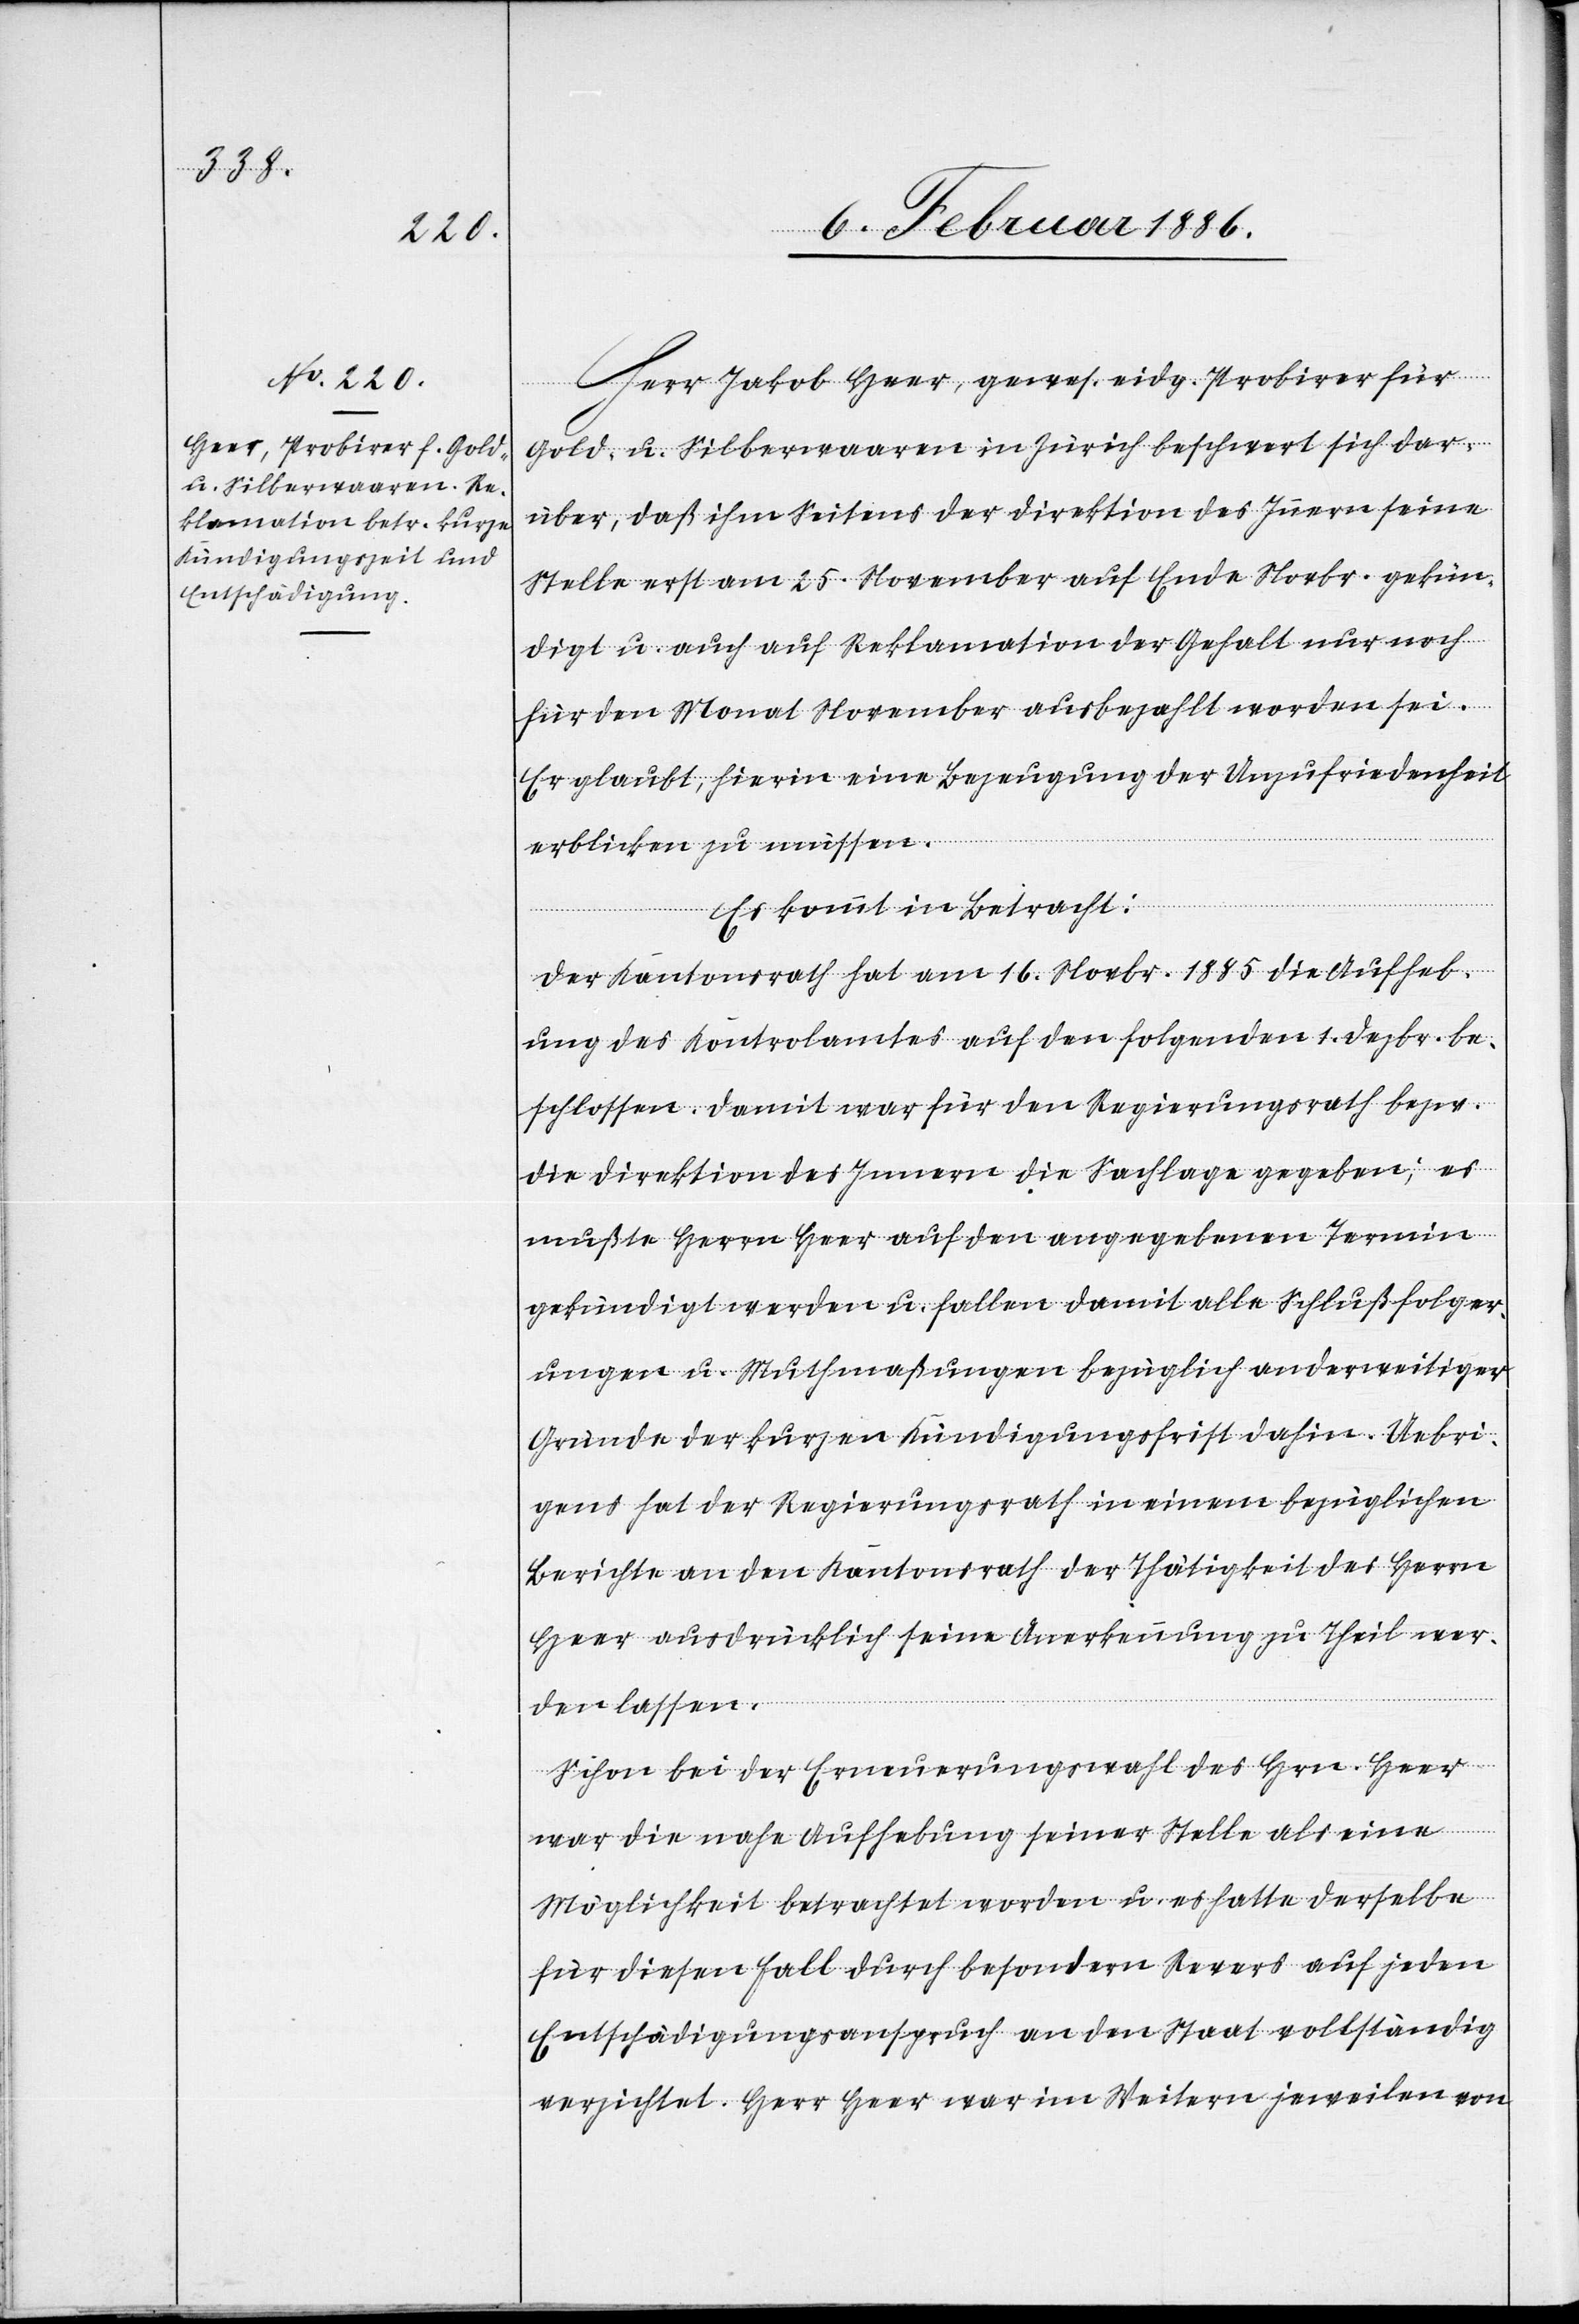
Herr Jakob Heer, gewes. eidg. Probirer für
Gold- u. Silberwaaren in Zürich beschwert sich dar¬
über, daß ihm Seitens der Direktion des Innern seine
Stelle erst am 25. November auf Ende Novbr. gekün¬
digt u. auch auf Reklamation der Gehalt nur noch
für den Monat November ausbezahlt worden sei.
Er glaubt, hierin eine Bezeugung der Unzufriedenheit
erblicken zu müssen.
Es kommt in Betracht:
Der Kantonsrath hat am 16. Novbr. 1885 die Aufheb¬
ung des Kontrolamtes auf den folgenden 1. Dezbr. be¬
schlossen. Damit war für den Regierungsrath bezw.
die Direktion des Innern die Sachlage gegeben, es
mußte Herrn Heer auf den angegebenen Termin
gekündigt werden u. fallen damit alle Schlußfolger¬
ungen u. Muthmaßungen bezüglich anderweitiger
Gründe der kurzen Kündigungsfrist dahin. Uebri¬
gens hat der Regierungsrath in einem bezüglichen
Berichte an den Kantonsrath der Thätigkeit des Herrn
Heer ausdrücklich seine Anerkennung zu Theil wer¬
den lassen.
Schon bei der Erneuerungswahl des Hrn. Heer
war die nahe Aufhebung seiner Stelle als eine
Möglichkeit betrachtet worden u. es hatte derselbe
für diesen Fall durch besonderen Revers auf jeden
Entschädigungsanspruch an den Staat vollständig
verzichtet. Herr Heer war im Weitern jeweilen von